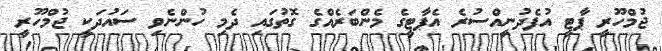
ޖުމްހޫރީ ޕާޓީ އުފެދުނީއްސުރެ އެޕާޓީގެ މެންބަރެއްގެ ގޮތުގައި ދެމި ހުންނެވި ސައުދަކީ ޖުމްހޫރީ